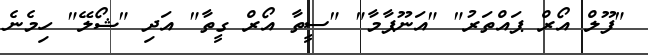
"ފޫލް އޯރް ޕައްތަރު" "އަނޫޕާމާ" "ސީތާ އޯރް ގީތާ" އަދި "ޝޯލޭ" ހިމެނެ